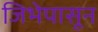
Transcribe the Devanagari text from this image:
जिभेपासून